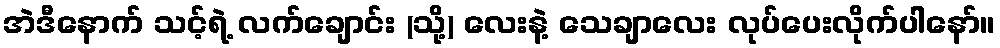
အဲဒီနောက် သင့်ရဲ့ လက်ချောင်း (သို့) လေးနဲ့ သေချာလေး လုပ်ပေးလိုက်ပါနော်။